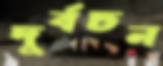
দুর্বচন